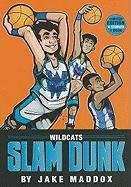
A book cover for Wildcats Slam Dunk (Team Jake Maddox Sports Stories); Jake Maddox; Children's Books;